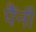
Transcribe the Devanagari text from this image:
पैंनी